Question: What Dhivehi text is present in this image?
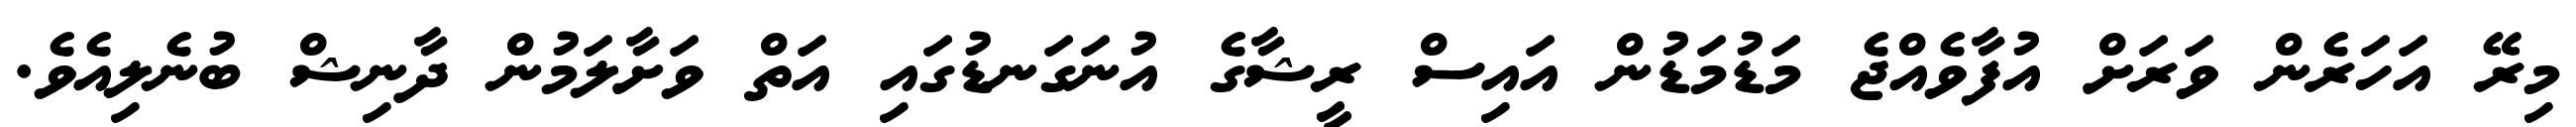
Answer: މިރޭ އަހަރެން ވަރަށް އުފާވެއްޖެ މަޑުމަޑުން އައިސް ރީޝާގެ އުނަގަނޑުގައި އަތް ވަށާލަމުން ދާނިޝް ބުނެލިއެވެ.